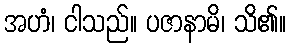
အဟံ၊ ငါသည်။ ပဇာနာမိ၊ သိ၏။